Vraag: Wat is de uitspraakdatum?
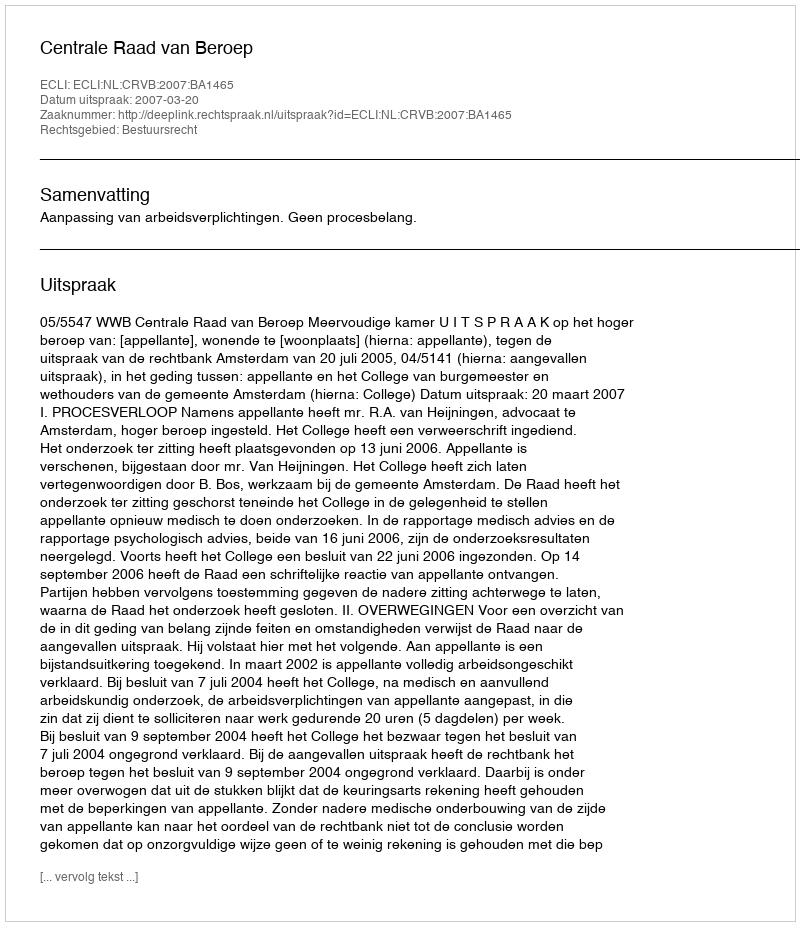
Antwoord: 2007-03-20